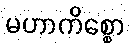
မဟာကိစ္စော